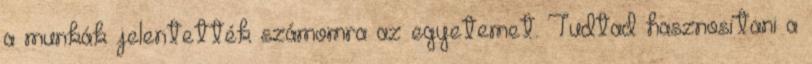
a munkák jelentették számomra az egyetemet. Tudtad hasznosítani a